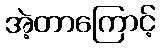
အဲ့တာကြောင့်